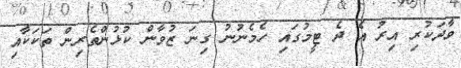
ވާދަކުރި އިރު އެ ދެ ޓީމުގައި ހެމެނުނު ގިނަ ޒުވާން ކުޅުންތެރިން ތަކަކާއި